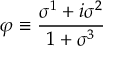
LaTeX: \varphi \equiv \frac { \sigma ^ { 1 } + i \sigma ^ { 2 } } { 1 + \sigma ^ { 3 } }